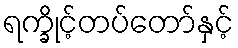
ရက္ခိုင့်တပ်တော်နှင့်